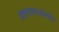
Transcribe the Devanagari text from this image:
ग्रहभगणासंबंधीचे